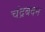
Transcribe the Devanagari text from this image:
चंद्रबदन